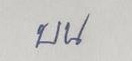
บน